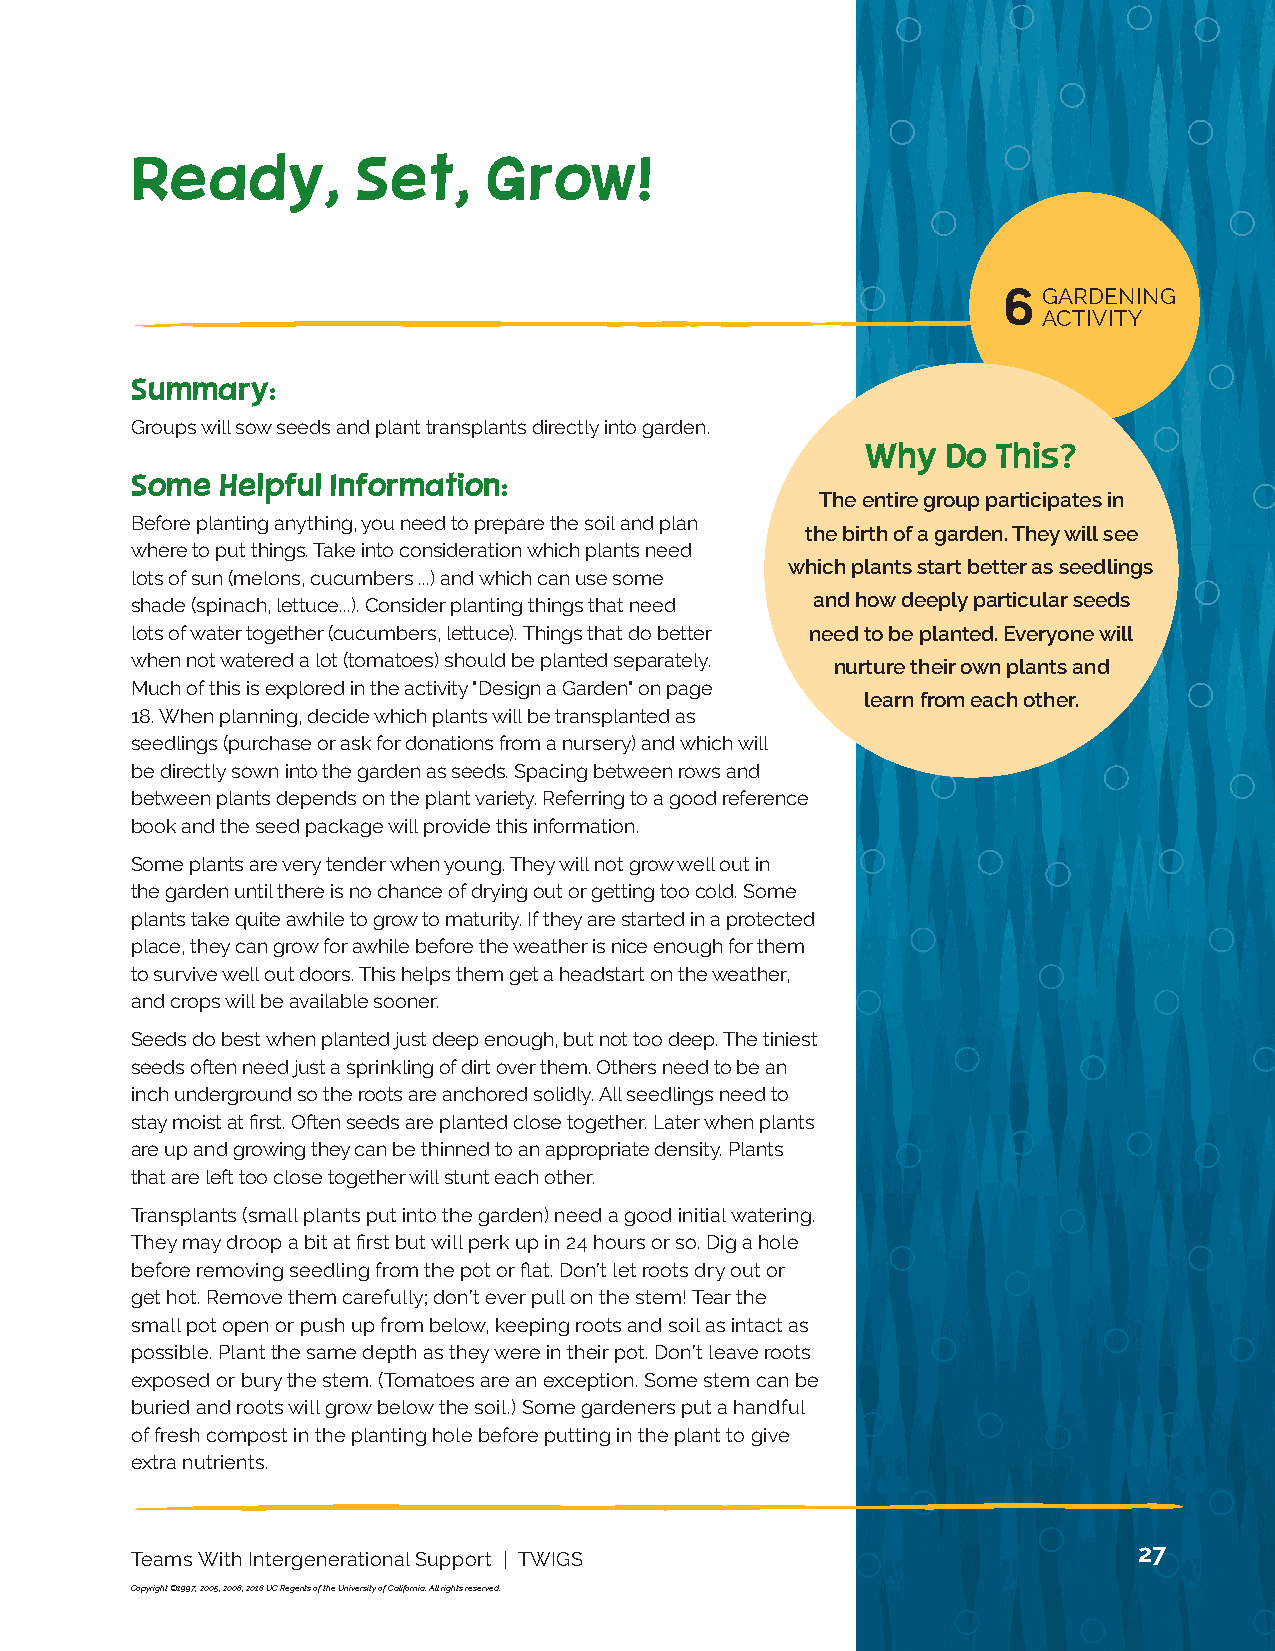
NUTRITION 13
 ACTIVITY
 Ready,         Set,    Grow!
 6  GARDENING
 ACTIVITY
 Summary:
 Groups will sow seeds and plant transplants directly into garden.
 Why   Do This?
 Some  Helpful Information:
 The entire group participates in
 Before planting anything, you need to prepare the soil and plan
 the birth of a garden. They will see
 where to put things. Take into consideration which plants need
 which plants start better as seedlings
 lots of sun (melons, cucumbers ...) and which can use some
 shade (spinach, lettuce...). Consider planting things that need and how deeply particular seeds
 lots of water together (cucumbers, lettuce). Things that do better need to be planted. Everyone will
 when not watered a lot (tomatoes) should be planted separately. nurture their own plants and
 Much of this is explored in the activity "Design a Garden" on page
 learn from each other.
 18. When planning, decide which plants will be transplanted as
 seedlings (purchase or ask for donations from a nursery) and which will
 be directly sown into the garden as seeds. Spacing between rows and
 between plants depends on the plant variety. Referring to a good reference
 book and the seed package will provide this information.
 Some plants are very tender when young. They will not grow well out in
 the garden until there is no chance of drying out or getting too cold. Some
 plants take quite awhile to grow to maturity. If they are started in a protected
 place, they can grow for awhile before the weather is nice enough for them
 to survive well out doors. This helps them get a headstart on the weather,
 and crops will be available sooner.
 Seeds do best when planted just deep enough, but not too deep. The tiniest
 seeds often need just a sprinkling of dirt over them. Others need to be an
 inch underground so the roots are anchored solidly. All seedlings need to
 stay moist at first. Often seeds are planted close together. Later when plants
 are up and growing they can be thinned to an appropriate density. Plants
 that are left too close together will stunt each other.
 Transplants (small plants put into the garden) need a good initial watering.
 They may droop a bit at first but will perk up in 24 hours or so. Dig a hole
 before removing seedling from the pot or flat. Don’t let roots dry out or
 get hot. Remove them carefully; don’t ever pull on the stem! Tear the
 small pot open or push up from below, keeping roots and soil as intact as
 possible. Plant the same depth as they were in their pot. Don’t leave roots
 exposed or bury the stem. (Tomatoes are an exception. Some stem can be
 buried and roots will grow below the soil.) Some gardeners put a handful
 of fresh compost in the planting hole before putting in the plant to give
 extra nutrients.
 27
 Teams With Intergenerational Support | TWIGS
 Copyright ©1997, 2005, 2008, 2018 UC Regents of the University of California. All rights reserved.